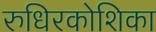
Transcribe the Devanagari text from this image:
रुधिरकोशिका